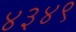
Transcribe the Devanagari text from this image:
४३४९